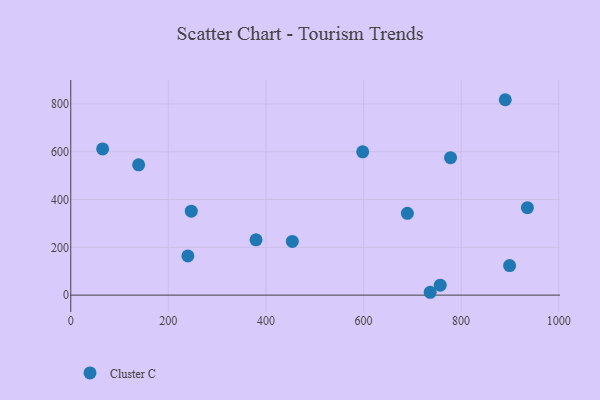
{"axis": {"x": "Speed", "y": "Demand"}, "legend": ["Cluster C"], "data": [{"x": "935.8", "y": 365.9, "type": "Cluster C"}, {"x": "65.3", "y": 612.0, "type": "Cluster C"}, {"x": "890.5", "y": 817.8, "type": "Cluster C"}, {"x": "379.7", "y": 231.6, "type": "Cluster C"}, {"x": "899.4", "y": 123.8, "type": "Cluster C"}, {"x": "736.6", "y": 12.0, "type": "Cluster C"}, {"x": "598.3", "y": 599.6, "type": "Cluster C"}, {"x": "240.0", "y": 164.3, "type": "Cluster C"}, {"x": "757.2", "y": 41.9, "type": "Cluster C"}, {"x": "454.1", "y": 224.9, "type": "Cluster C"}, {"x": "139.1", "y": 545.4, "type": "Cluster C"}, {"x": "247.0", "y": 351.4, "type": "Cluster C"}, {"x": "778.3", "y": 575.3, "type": "Cluster C"}, {"x": "689.9", "y": 342.5, "type": "Cluster C"}]}